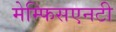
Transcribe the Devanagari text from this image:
मेम्फिसएनटी